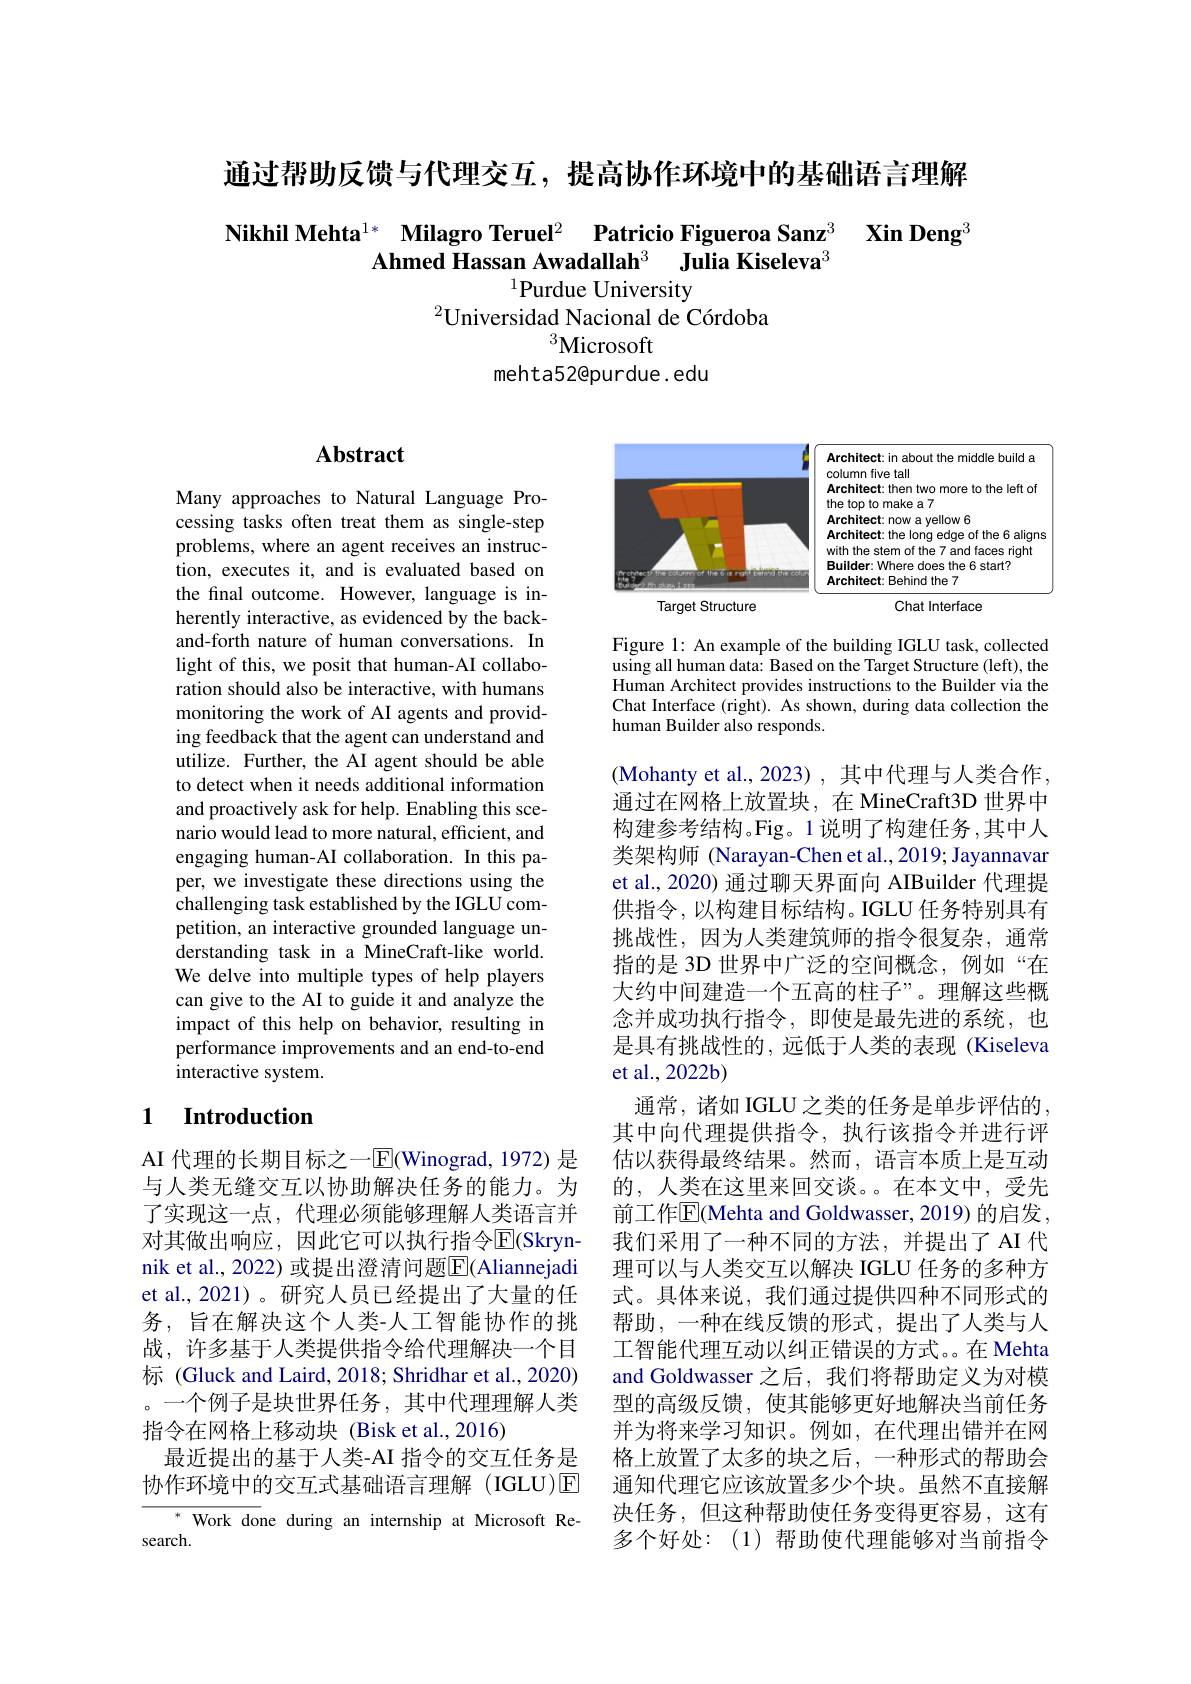
通过帮助反馈与代理交互，提高协作环境中的基础语言理解

Nikhil Mehta$^{1*}$ Milagro Teruel$^2$ Patricio Figueroa Sanz$^3\textbf{ Xin Deng}^3$
Ahmed Hassan Awadallah$^3$ $\textbf{Julia Kiseleva}^{3}$
$^{1}$Purdue University

$^{2}$Universidad Nacional de Córdoba
$^{3}$Microsoft
mehta52@purdue. edu

## Abstract

Many approaches to Natural Language Processing tasks often treat them as single-step problems, where an agent receives an instruction, executes it, and is evaluated based on the final outcome. However, language is inherently interactive, as evidenced by the backand-forth nature of human conversations. In light of this, we posit that human-AI collaboration should also be interactive, with humans monitoring the work of AI agents and providing feedback that the agent can understand and utilize. Further, the AI agent should be able to detect when it needs additional information and proactively ask for help. Enabling this scenario would lead to more natural, efficient, and engaging human-AI collaboration. In this paper, we investigate these directions using the challenging task established by the IGLU competition, an interactive grounded language understanding task in a MineCraft-like world. We delve into multiple types of help players can give to the AI to guide it and analyze the impact of this help on behavior, resulting in performance improvements and an end-to-end interactive system.

## 1 $\textbf{Introduction}$

AI 代理的长期目标之一$\overline{\mathrm{E}}($Winograd,1972) 是与人类无缝交互以协助解决任务的能力。为了实现这一点，代理必须能够理解人类语言并对其做出响应，因此它可以执行指令$\overline{\mathrm{E}}($Skrynnik et al., 2022) 或提出澄清问题$\overline{\mathrm{F}}($Aliannejadi et al., 2021)。研究人员已经提出了大量的任务，旨在解决这个人类-人工智能协作的挑战，许多基于人类提供指令给代理解决一个目标 (Gluck and Laird, 2018; Shridhar et al., 2020) 。一个例子是块世界任务，其中代理理解人类指令在网格上移动块(Bisk et al.,2016)
最近提出的基于人类-AI 指令的交互任务是协作环境中的交互式基础语言理解(IGLU)☑
$^{*}$ Work done during an internship at Microsoft Re-

search.

<FigureHere>

Figure 1: An example of the building IGLU task, collected using all human data: Based on the Target Structure (left), the Human Architect provides instructions to the Builder via the Chat Interface (right). As shown, during data collection the human Builder also responds.

et al., 2022b)

(Mohanty et al., 2023) , 其中代理与人类合作， 通过在网格上放置块，在 MineCraft3D 世界中构建参考结构。Fig。1 说明了构建任务 ,其中人类架构师 (Narayan-Chen et al., 2019; Jayannavar et al., 2020) 通过聊天界面向 AIBuilder 代理提供指令，以构建目标结构。IGLU 任务特别具有挑战性，因为人类建筑师的指令很复杂，通常指的是 3D 世界中广泛的空间概念，例如“在大约中间建造一个五高的柱子”。理解这些概念并成功执行指令，即使是最先进的系统，也是具有挑战性的，远低于人类的表现(Kiseleva
通常，诸如 IGLU 之类的任务是单步评估的， 其中向代理提供指令，执行该指令并进行评估以获得最终结果。然而，语言本质上是互动的，人类在这里来回交谈。。在本文中，受先前工作$\overline{\mathrm{E}}$(Mehta and Goldwasser, 2019) 的启发。我们采用了一种不同的方法，并提出了 AI 代理可以与人类交互以解决 IGLU 任务的多种方式。具体来说，我们通过提供四种不同形式的帮助，一种在线反馈的形式，提出了人类与人工智能代理互动以纠正错误的方式。在 Mehta and Goldwasser 之后，我们将帮助定义为对模型的高级反馈，使其能够更好地解决当前任务并为将来学习知识。例如，在代理出错并在网格上放置了太多的块之后，一种形式的帮助会通知代理它应该放置多少个块。虽然不直接解决任务，但这种帮助使任务变得更容易，这有多个好处：(1)帮助使代理能够对当前指令